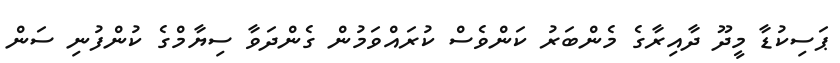
ޕަސިކުޑާ މީދޫ ދާއިރާގެ މެންބަރު ކަންވެސް ކުރައްވަމުން ގެންދަވާ ސިޔާމްގެ ކުންފުނި ސަން